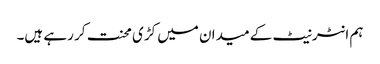
ہم انٹرنیٹ کے میدان میں کڑی محنت کر رہے ہیں۔